Annual administration report of the Civil Veterinary Department of India - 1893-1894
Year: 1893
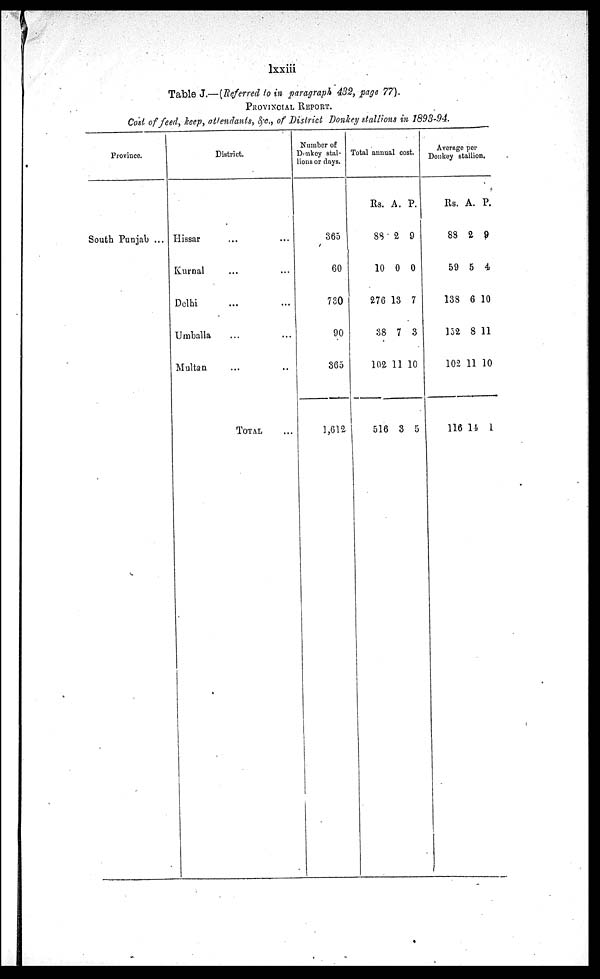
lxxiii
Table J.—(Referred to in paragraph 432, page 77).
PROVINCIAL REPORT.
Cost of feed, keep, attendants, &c., of District Donkey stallions in 1893-94.
Province.
South Punjab ...
District.
Hissar ... ...
Kurnal ... ...
Delhi ... ...
Umballa ... ...
Multan ... ...
TOTAL ...
Number of
Donkey stal-
lions or days.
365
60
730
90
365
1,612
Total annual cost.
Rs.
88
10
276
38
102
516
A.
2
0
13
7
11
3
P.
9
0
7
3
10
5
Average per
Donkey stallion.
Rs.
88
59
138
152
102
116
A.
2
5
6
8
11
14
P.
9
4
10
11
10
1